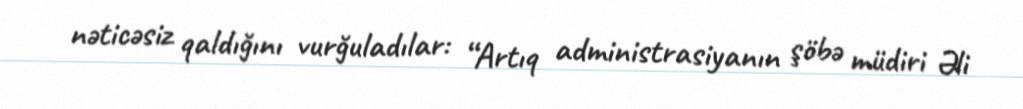
nəticəsiz qaldığını vurğuladılar: “Artıq administrasiyanın şöbə müdiri Əli